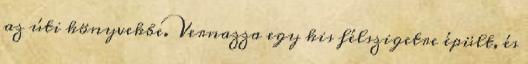
az úti könyvekbe. Vernazza egy kis félszigetre épült, és